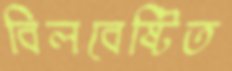
বিলবেষ্টিত